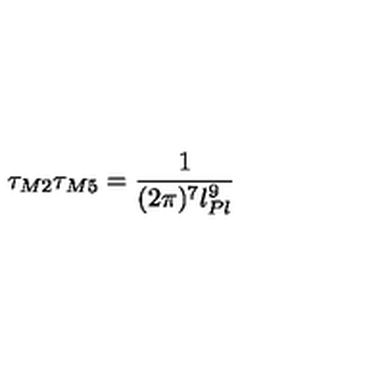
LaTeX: \tau _ { M 2 } \tau _ { M 5 } = \frac { 1 } { ( 2 \pi ) ^ { 7 } l _ { P l } ^ { 9 } }